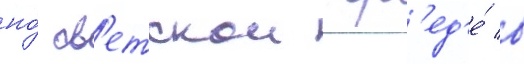
но́ св'етскои ср'ед'е́ в